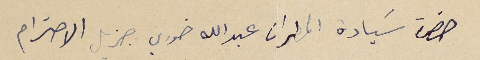
حضرة سَيادة المطران عبدالله خوري جزيل الاحترام